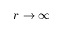
r \rightarrow \infty